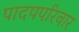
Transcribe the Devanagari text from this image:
पादपपरिवार